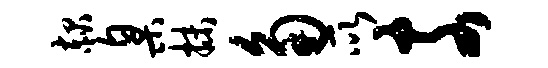
赧臬抹角所奈